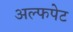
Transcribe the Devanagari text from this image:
अल्फपेट